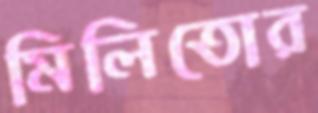
মিলিতোর